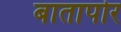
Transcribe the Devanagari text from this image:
बातापोर